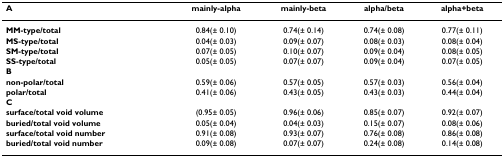
| A | mainly-alpha | mainly-beta | alpha/beta | alpha+beta |
 | --- | --- | --- | --- | --- |
 | MM-type/total | 0.84(± 0.10) | 0.74(± 0.14) | 0.74(± 0.08) | 0.77(± 0.11) |
 | MS-type/total | 0.04(± 0.03) | 0.09(± 0.07) | 0.08(± 0.03) | 0.08(± 0.04) |
 | SM-type/total | 0.07(± 0.05) | 0.10(± 0.07) | 0.09(± 0.04) | 0.08(± 0.05) |
 | SS-type/total | 0.05(± 0.05) | 0.07(± 0.07) | 0.09(± 0.04) | 0.07(± 0.05) |
 | B |  |  |  |  |
 | non-polar/total | 0.59(± 0.06) | 0.57(± 0.05) | 0.57(± 0.03) | 0.56(± 0.04) |
 | polar/total | 0.41(± 0.06) | 0.43(± 0.05) | 0.43(± 0.03) | 0.44(± 0.04) |
 | C |  |  |  |  |
 | surface/total void volume | (0.95± 0.05) | 0.96(± 0.06) | 0.85(± 0.07) | 0.92(± 0.07) |
 | buried/total void volume | 0.05(± 0.04) | 0.04(± 0.03) | 0.15(± 0.07) | 0.08(± 0.06) |
 | surface/total void number | 0.91(± 0.08) | 0.93(± 0.07) | 0.76(± 0.08) | 0.86(± 0.08) |
 | buried/total void number | 0.09(± 0.08) | 0.07(± 0.07) | 0.24(± 0.08) | 0.14(± 0.08) |